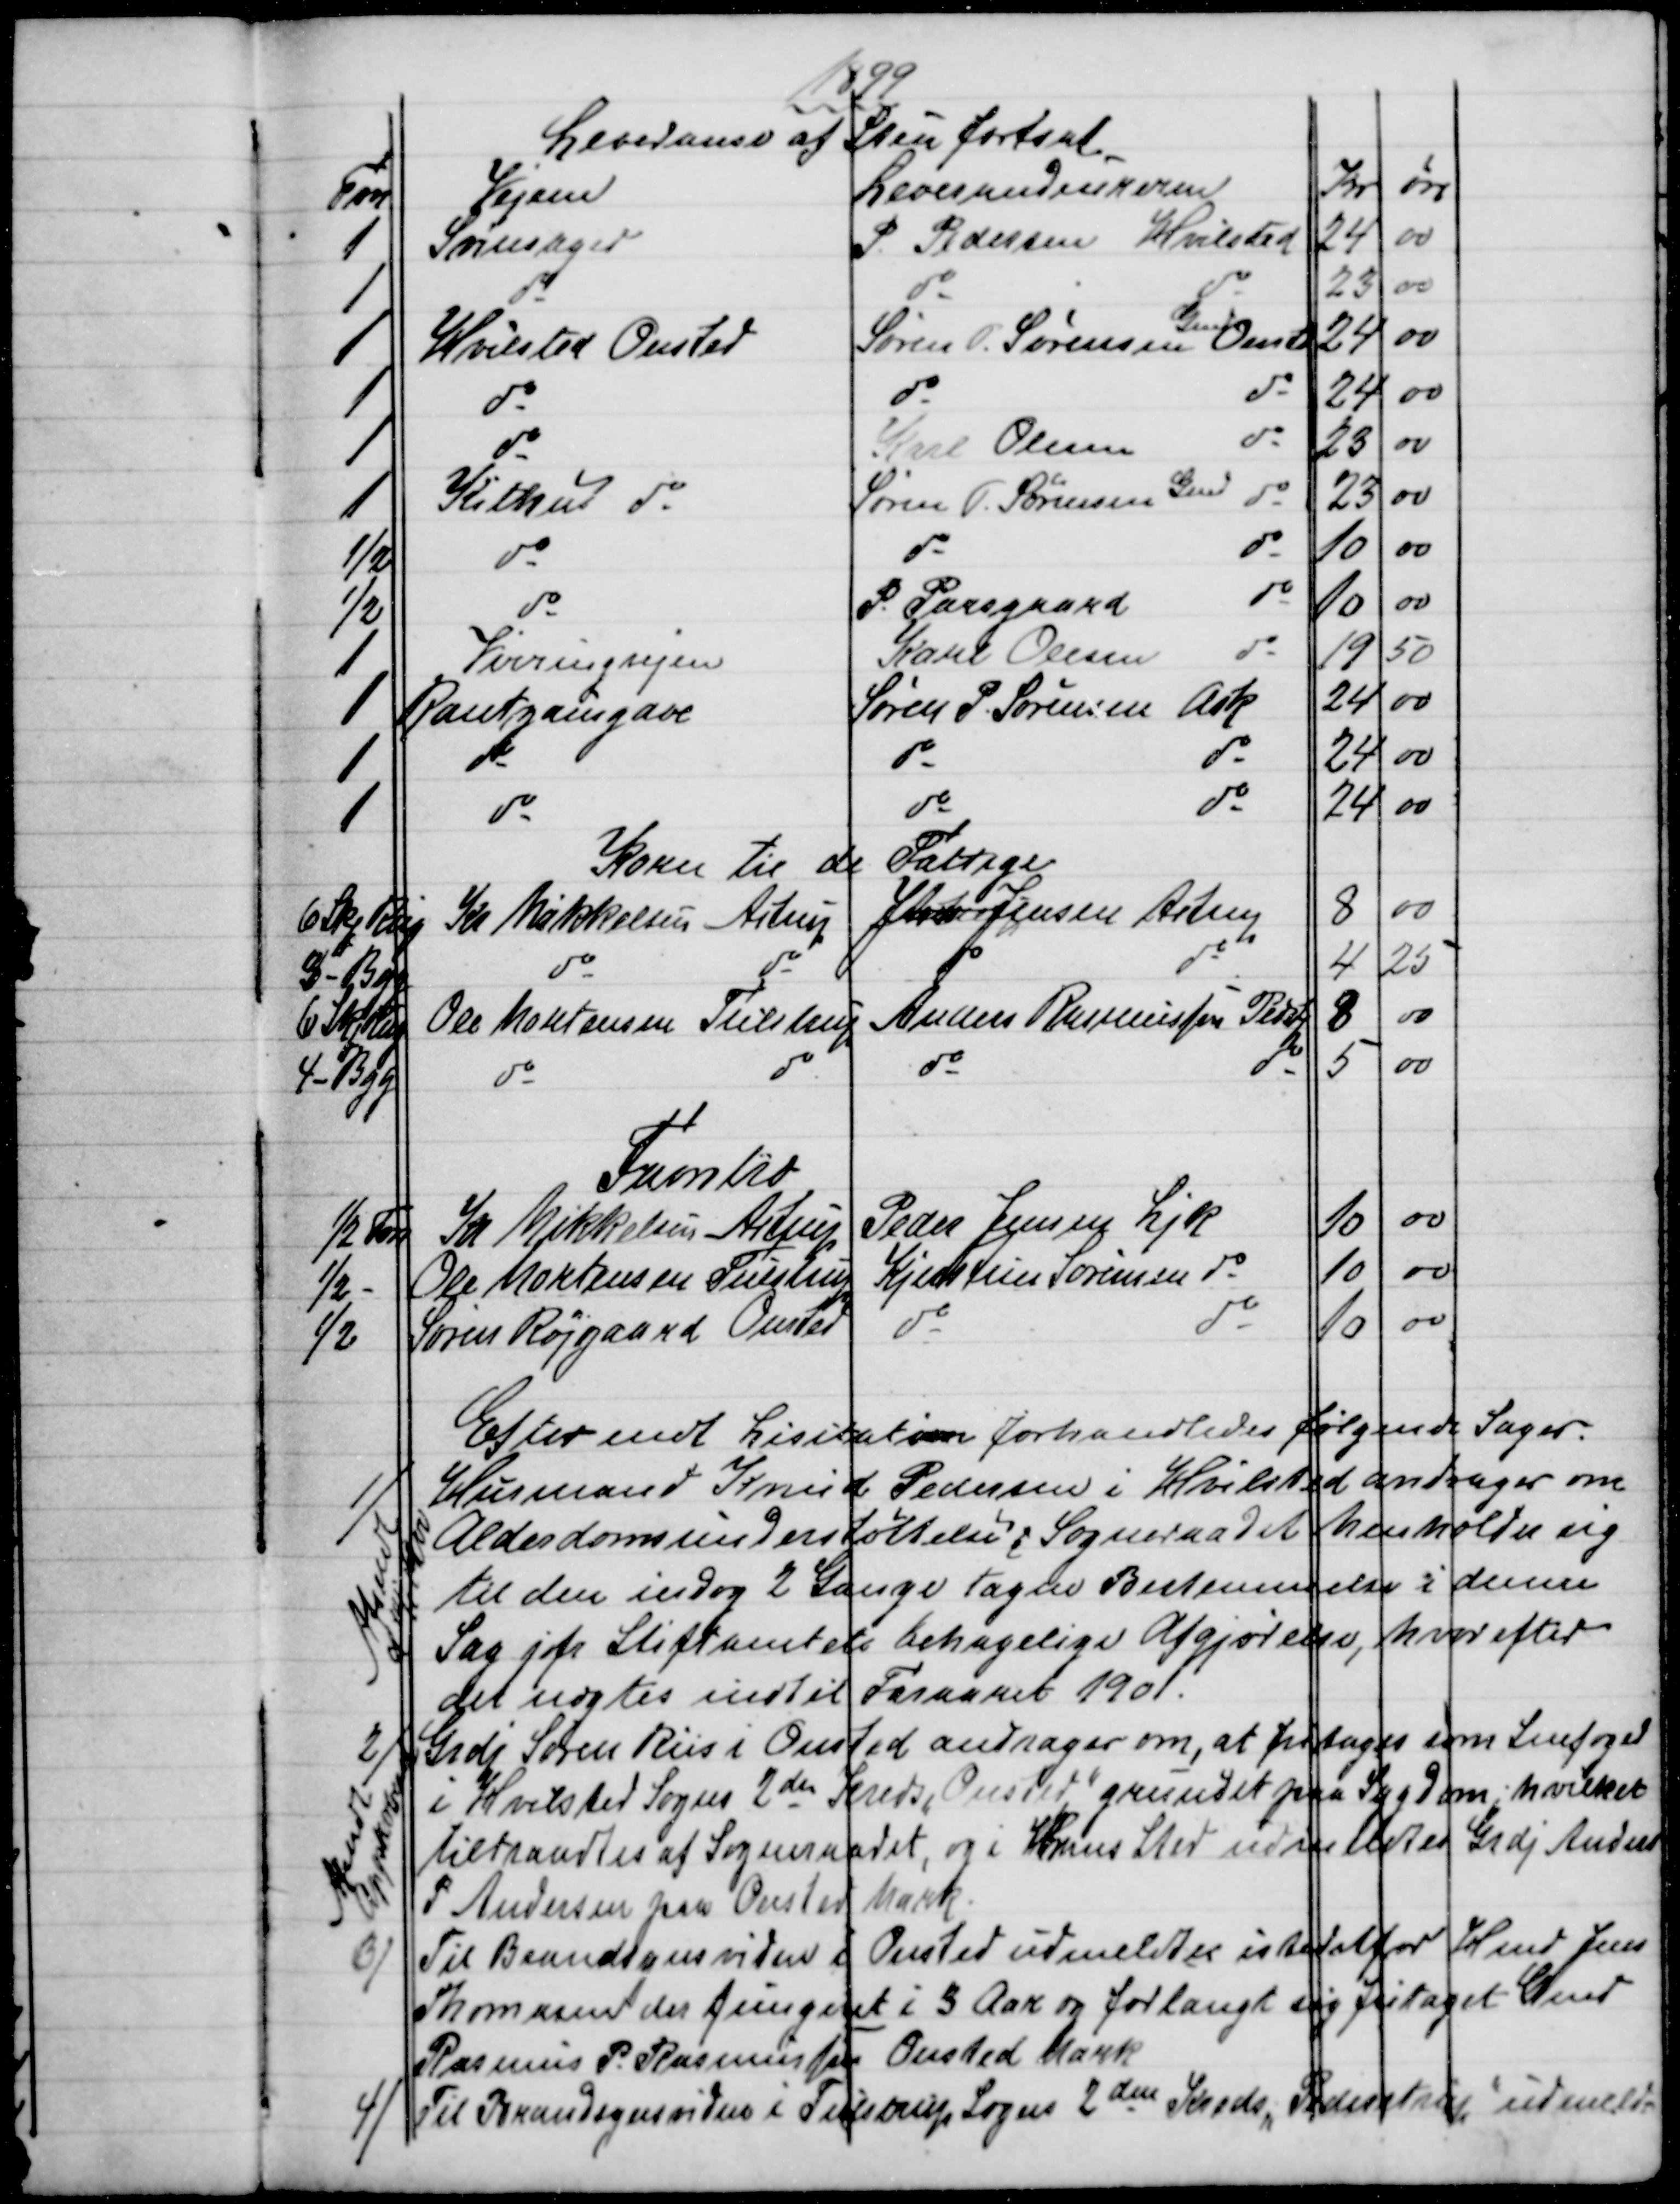
Transskription:
1899
Leveranse af Sten fortsat.
Fvn
Vejene
Leverandeurerne
Kr
Øre
1
Svinsager
P. Pedersen Hvilsted
24
00
1
do
do
do
23
00
1
Hvilsted Onsted
Søren P. Sørensen
Gmd
Onst
24
00
1
do
do
do
24
00
1
do
Karl Olesen
do
23
00
1
Kithus  do
Søren P. Sørensen 
Gmd
do
23
00
½
do
do
do
10
00
½
do
P. Paasgaard
do
10
00
1
Virringvejen
Karl Olesen
do
19
50
1
Rantzausgave
Søren P. Sørensen Ask
24
00
1
do
do
do
24
00
1
do
do
do
24
00
Korn til de Fattige
6 Skp Rug
Kr Mikkelsen Astrup
Jens Jensen Astrup
8
00
3 - Byg
do
do
do
do
4
25
6 Skp Rug
Ole Mortensen Tulstrup
Anders Rasmussen Pedstp
8
00
4 - Byg
do
do
do
do
5
00
Favntræ
½ Fvn
Kr Mikkelsen, Astrup
Peder Jensen Ljk
10
00
½
Ole Mortensen Tulstrup
Kjerstine Sørensen do
10
00
½
Søren Røjgaard Onsted
do
do
10
00
Efter endt Lisitation forhandledes følgende Sager.
1
Husmand Knud Pedersen i Hvilsted andrager om
Alderdomsunderstøttelse; Sogneraadet henholder sig
til den indog 2 Gange tagen Bestemmelse i denne
Sag jfr Stiftamtets behagelige Afgjørelse, hvorefter
det nægtes indtil Foraaret 1901.
Afsendt
 /1 1900
2)
Grdj Søren Riis i Onsted andrager om, at fritages som Snefoged
i Hvilsted Sogns 2den Kreds "Onsted" grundet paa Sygdom; hvilket
tiltraadtes af Sogneraadet, og i hans Sted udmeldtes Grdj Anders
P Andersen paa Onsted Mark.
Afsendt
Approberet
3)
Til Brandsynsvidne i Onsted udmeldtes istedetfor Hmd Jens
Thomasen der fungeret i 5 Aar og forlangt sig fritaget Gmd
Rasmus P. Rasmussen Onsted Mark.
4)
Til Brandsynsvidne i Tulstrup Sogns 2den Kreds, "Pederstrup" udmeld-